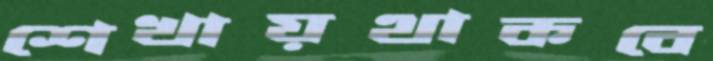
শেখায়থাকবে